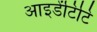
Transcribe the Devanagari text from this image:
आइडेंटिटि